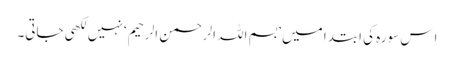
اِس سورہ کی ابتدا میں ’بسم اللہ الرحمن الرحیم‘ نہیں لکھی جاتی۔